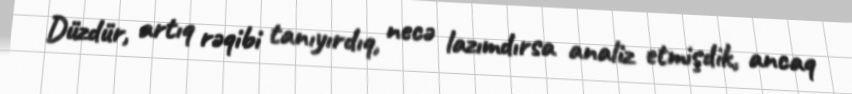
Düzdür, artıq rəqibi tanıyırdıq, necə lazımdırsa analiz etmişdik, ancaq